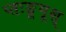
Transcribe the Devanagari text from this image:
प्तःङूगूश्